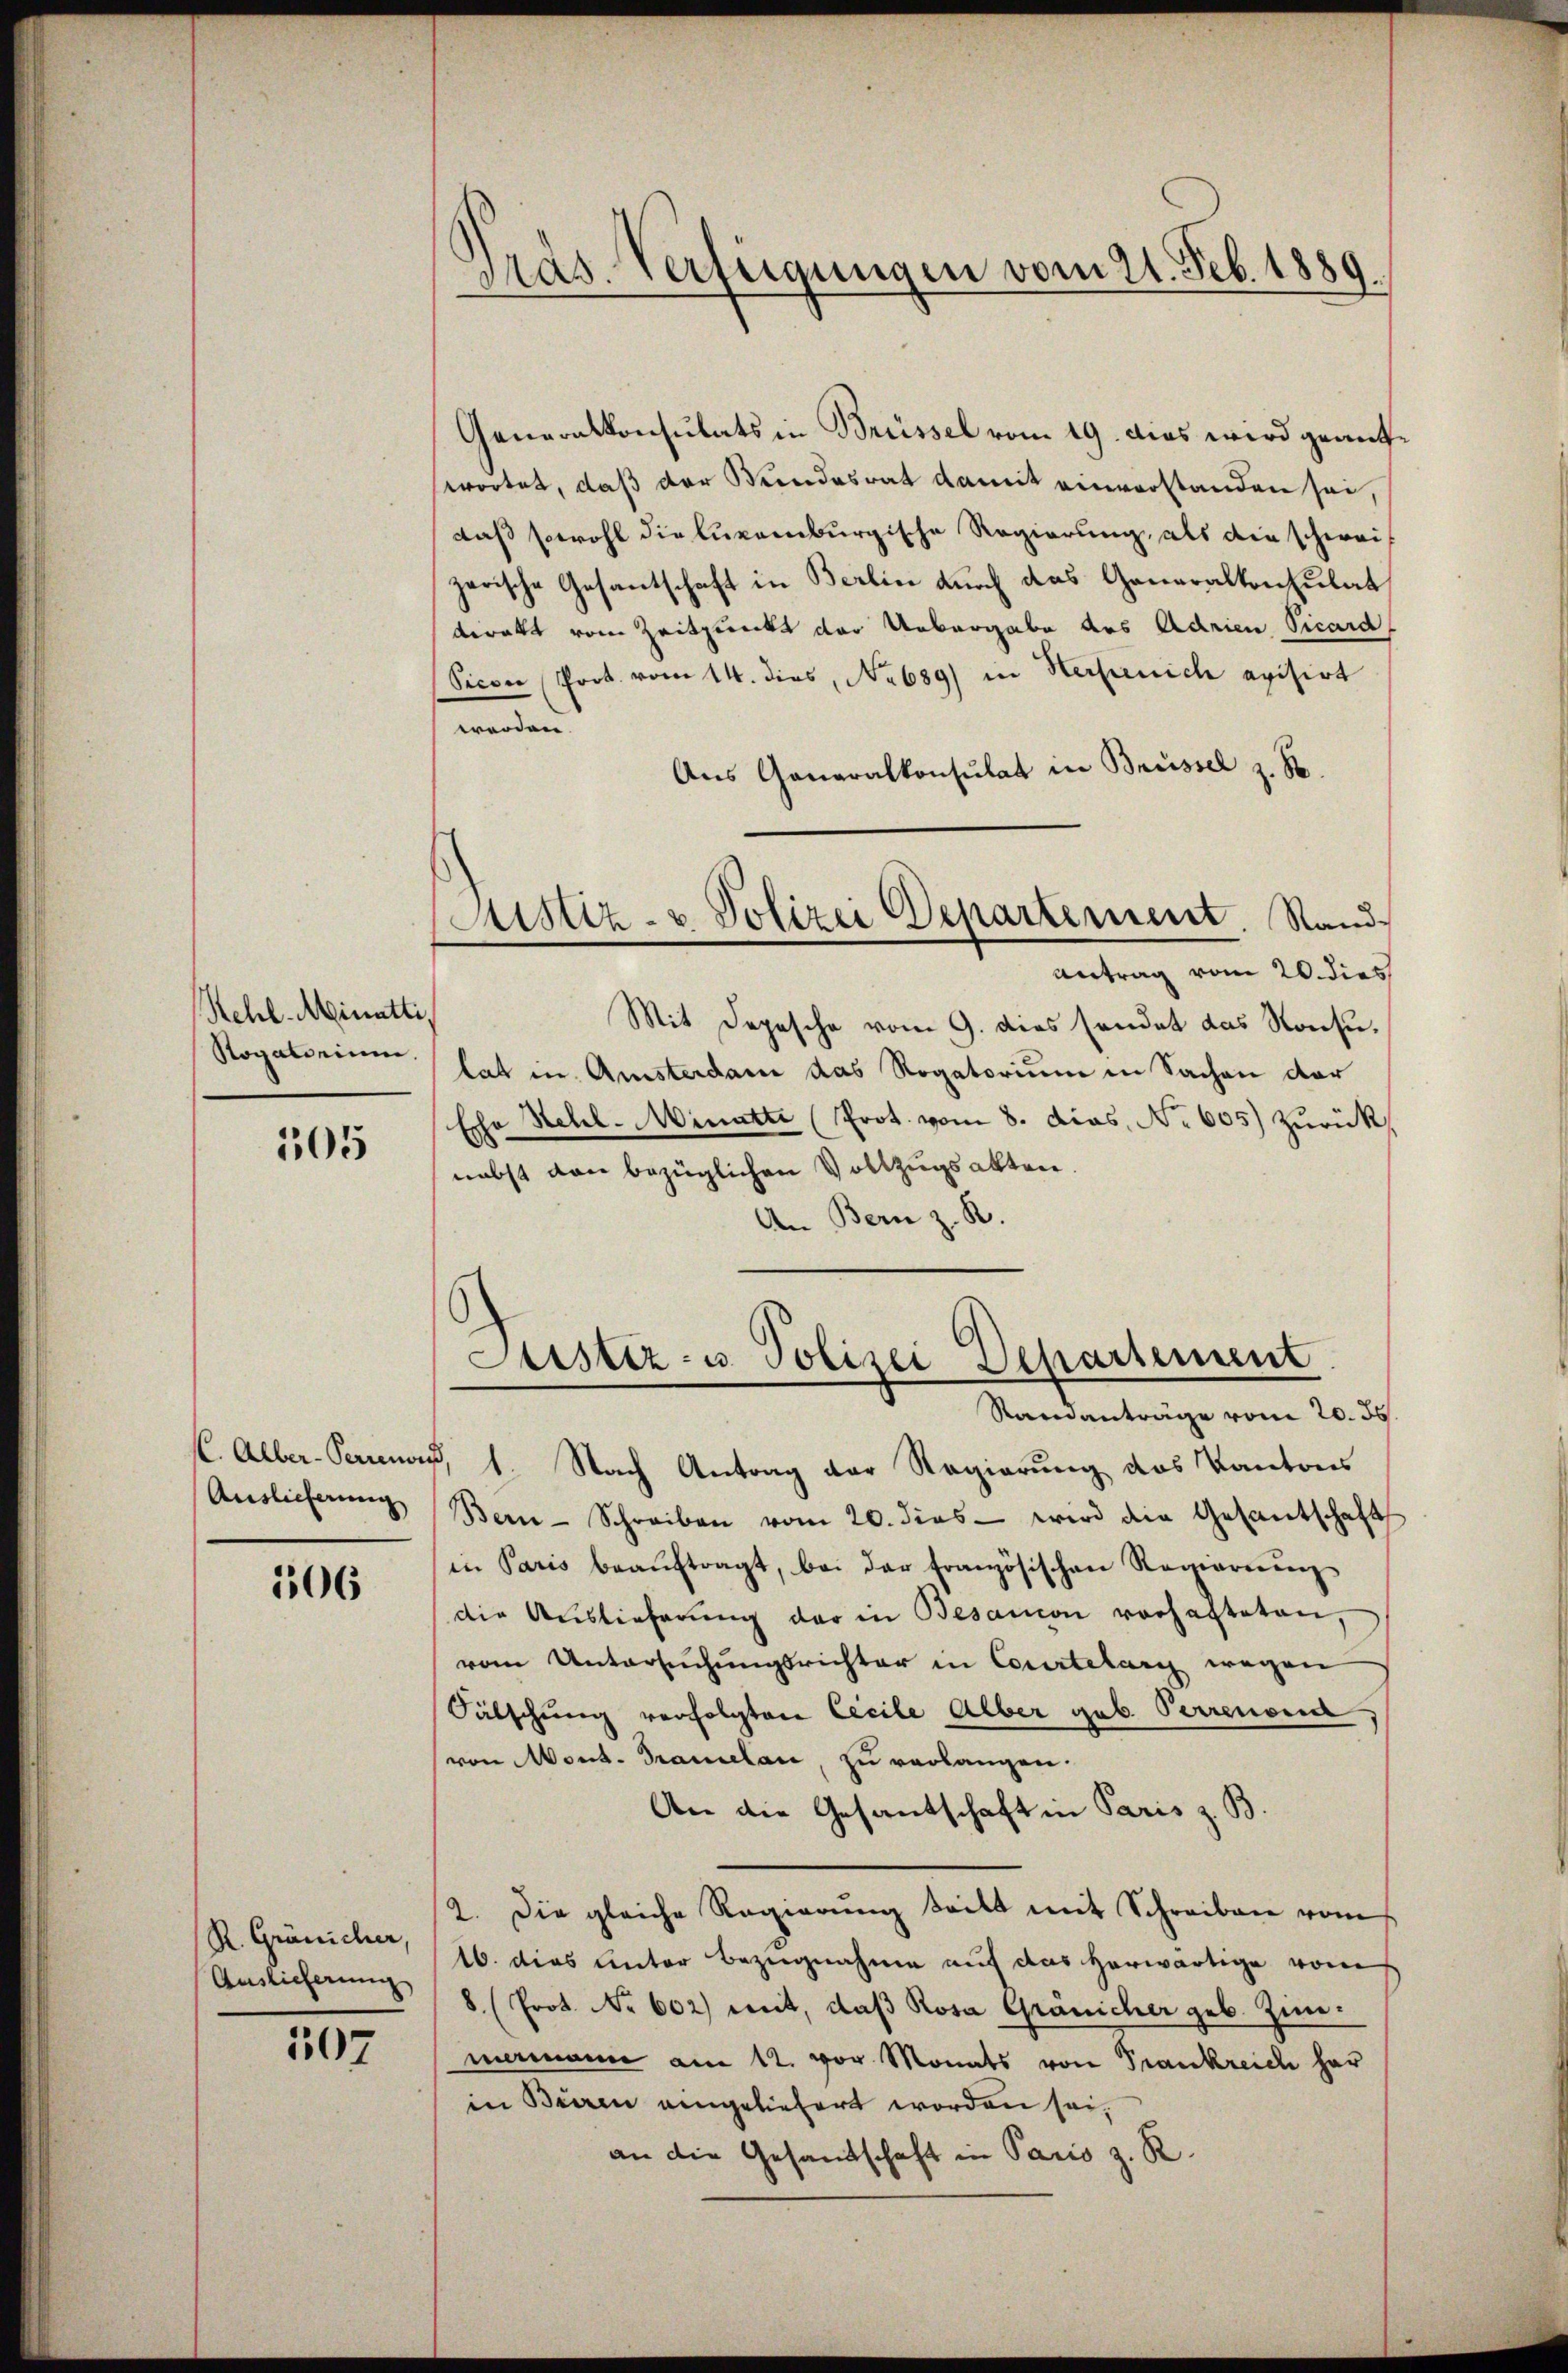
Kehl-Minatti,
Rogatorium

505

Auslieferung

106

R. Gränicher,
Auslieferung

107

Pras. Verfügungen vom 21. Feb. 1889

Generalkonsulats in Brüssel vom 19. dies wird geaufwortet, daß der Wundesrat damit einverstanden sei,
daß sowohl die Luxenburgische Regierung, als die schweizerische Gesantschaft in Berlin durch das Generalkonsulat
direkt vom Zeitpunkt der Uebergabe des Adrien Vicard,
Vicon Prot. vom 14. dies, No 689) in Herzeich evisirt
werden.
Aus Generalkonsulat in Brüssel z. S
Astiz- & Polizei Departement. Stand
Antrag vom 20. dies
Mit Depesche vom 9. dies sendet das Kons.
lat in Amsterdam das Rogatorium in Sachen der
Echo Hehl- Minatte Prot. vom 8. dies, No 605) zurück
nebst von bezüglichen Vollzugsakten.
An Bern z. R.

Justiz- u. Polizei Departement

Ramanträge vom 20. ds.
k. Alber-Samnau, 1. Nach Antrag der Regierung des Kantons
Bern-Schreiben vom 20. dies wird die Gesantschaft
in Paris beaŭftragt, bei der französischen Regierung
die Auslieferŭng der in Besanon vorhafteten,
vom Untersuchungsrichter in Courtelary wegen
Sätschung verfolgten Cicile Alber geb. Perrenon
von Mont. Tramelan, zu verlangen.
An die Gesantschaft in Paris z. B.
2. Die gleiche Regierŭng teilt mit Schreiben vom
16. dies unter Bezugnahme auf das herwärtige vom
8 (Prot. No 602) mit, daß Rosa Gränicher geb. Zim-
mermanie am 12. vor Monats von Trankreich her
in Bieren eingeliefert worden sei.
an die Gesandtschaft in Paris z. R.